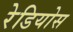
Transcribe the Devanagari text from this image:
रेडियोस